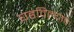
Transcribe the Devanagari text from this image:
घडविल्याचे